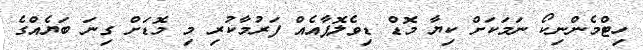
ހިޓްމެންނިކޯ ނަމަކަށް ކިޔާ މޮޑް ޑިވެލޮޕާއެއް ފަރުމާކުރި މި މޮޑަށް ގިނަ ބަޔެއްގެ